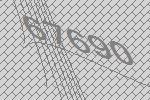
67690